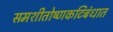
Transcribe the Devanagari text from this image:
समशीतोष्णकटिबंधात